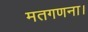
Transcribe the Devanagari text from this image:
मतगणना।